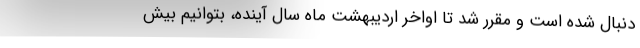
دنبال شده است و مقرر شد تا اواخر اردیبهشت ماه سال آینده، بتوانیم بیش